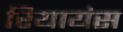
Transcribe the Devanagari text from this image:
रियायंस